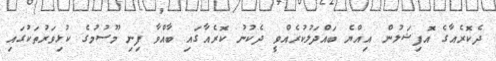
ދެކޮރެއާގެ އޮފިޝަލުން އިއްޔެ ބައްދަލުކުރެއްވީ ދެކުނު ކޮރެއާގައި ބާއްވާ ފިނި މޫސުމުގެ ކުޅިވަރުތަކުގައި